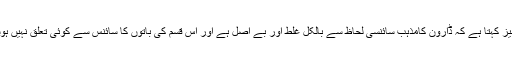
آغا سیز کہتا ہے کہ ڈارون کامذہب سائنسی لحاظ سے بالکل غلط اور بے اصل ہے اور اس قسم کی باتوں کا سائنس سے کوئی تعلق نہیں ہوسکتا۔